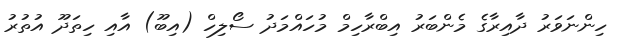
ހިންނަވަރު ދާއިރާގެ މެންބަރު އިބްރާހިމް މުހައްމަދު ސޯލިހް (އިބޫ) އާއި ހިތަދޫ އުތުރު